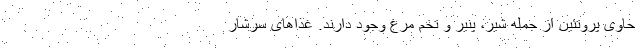
حاوی پروتئین از جمله شیر، پنیر و تخم مرغ وجود دارند. غذاهای سرشار